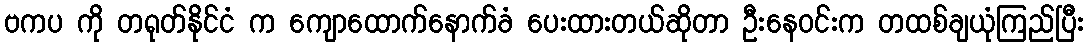
ဗကပ ကို တရုတ်နိုင်ငံ က ကျောထောက်နောက်ခံ ပေးထားတယ်ဆိုတာ ဦးနေဝင်းက တထစ်ချယုံကြည်ပြီး